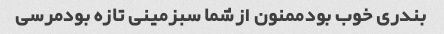
بندری خوب بودممنون ازشما سبزمینی تازه بودمرسی